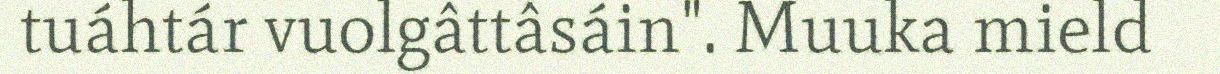
tuáhtár vuolgâttâsáin". Muuka mield